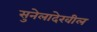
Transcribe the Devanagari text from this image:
सुनेलादेखील